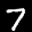
Label: 7